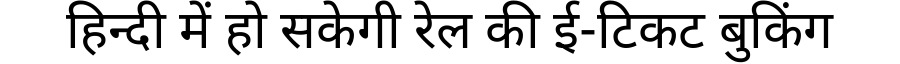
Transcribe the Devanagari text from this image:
हिन्दी में हो सकेगी रेल की ई-टिकट बुकिंग